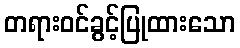
တရားဝင်ခွင့်ပြုထားသော